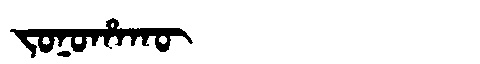
Manchu: ᠵᠣᠨᠣᡥᠠᡴᡡ
Romanization: JONOHAKŪ